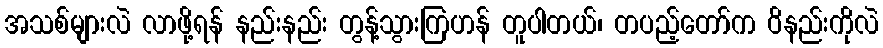
အသစ်များလဲ လာဖို့ရန် နည်းနည်း တွန့်သွားကြဟန် တူပါတယ်၊ တပည့်တော်က ဝိနည်းကိုလဲ